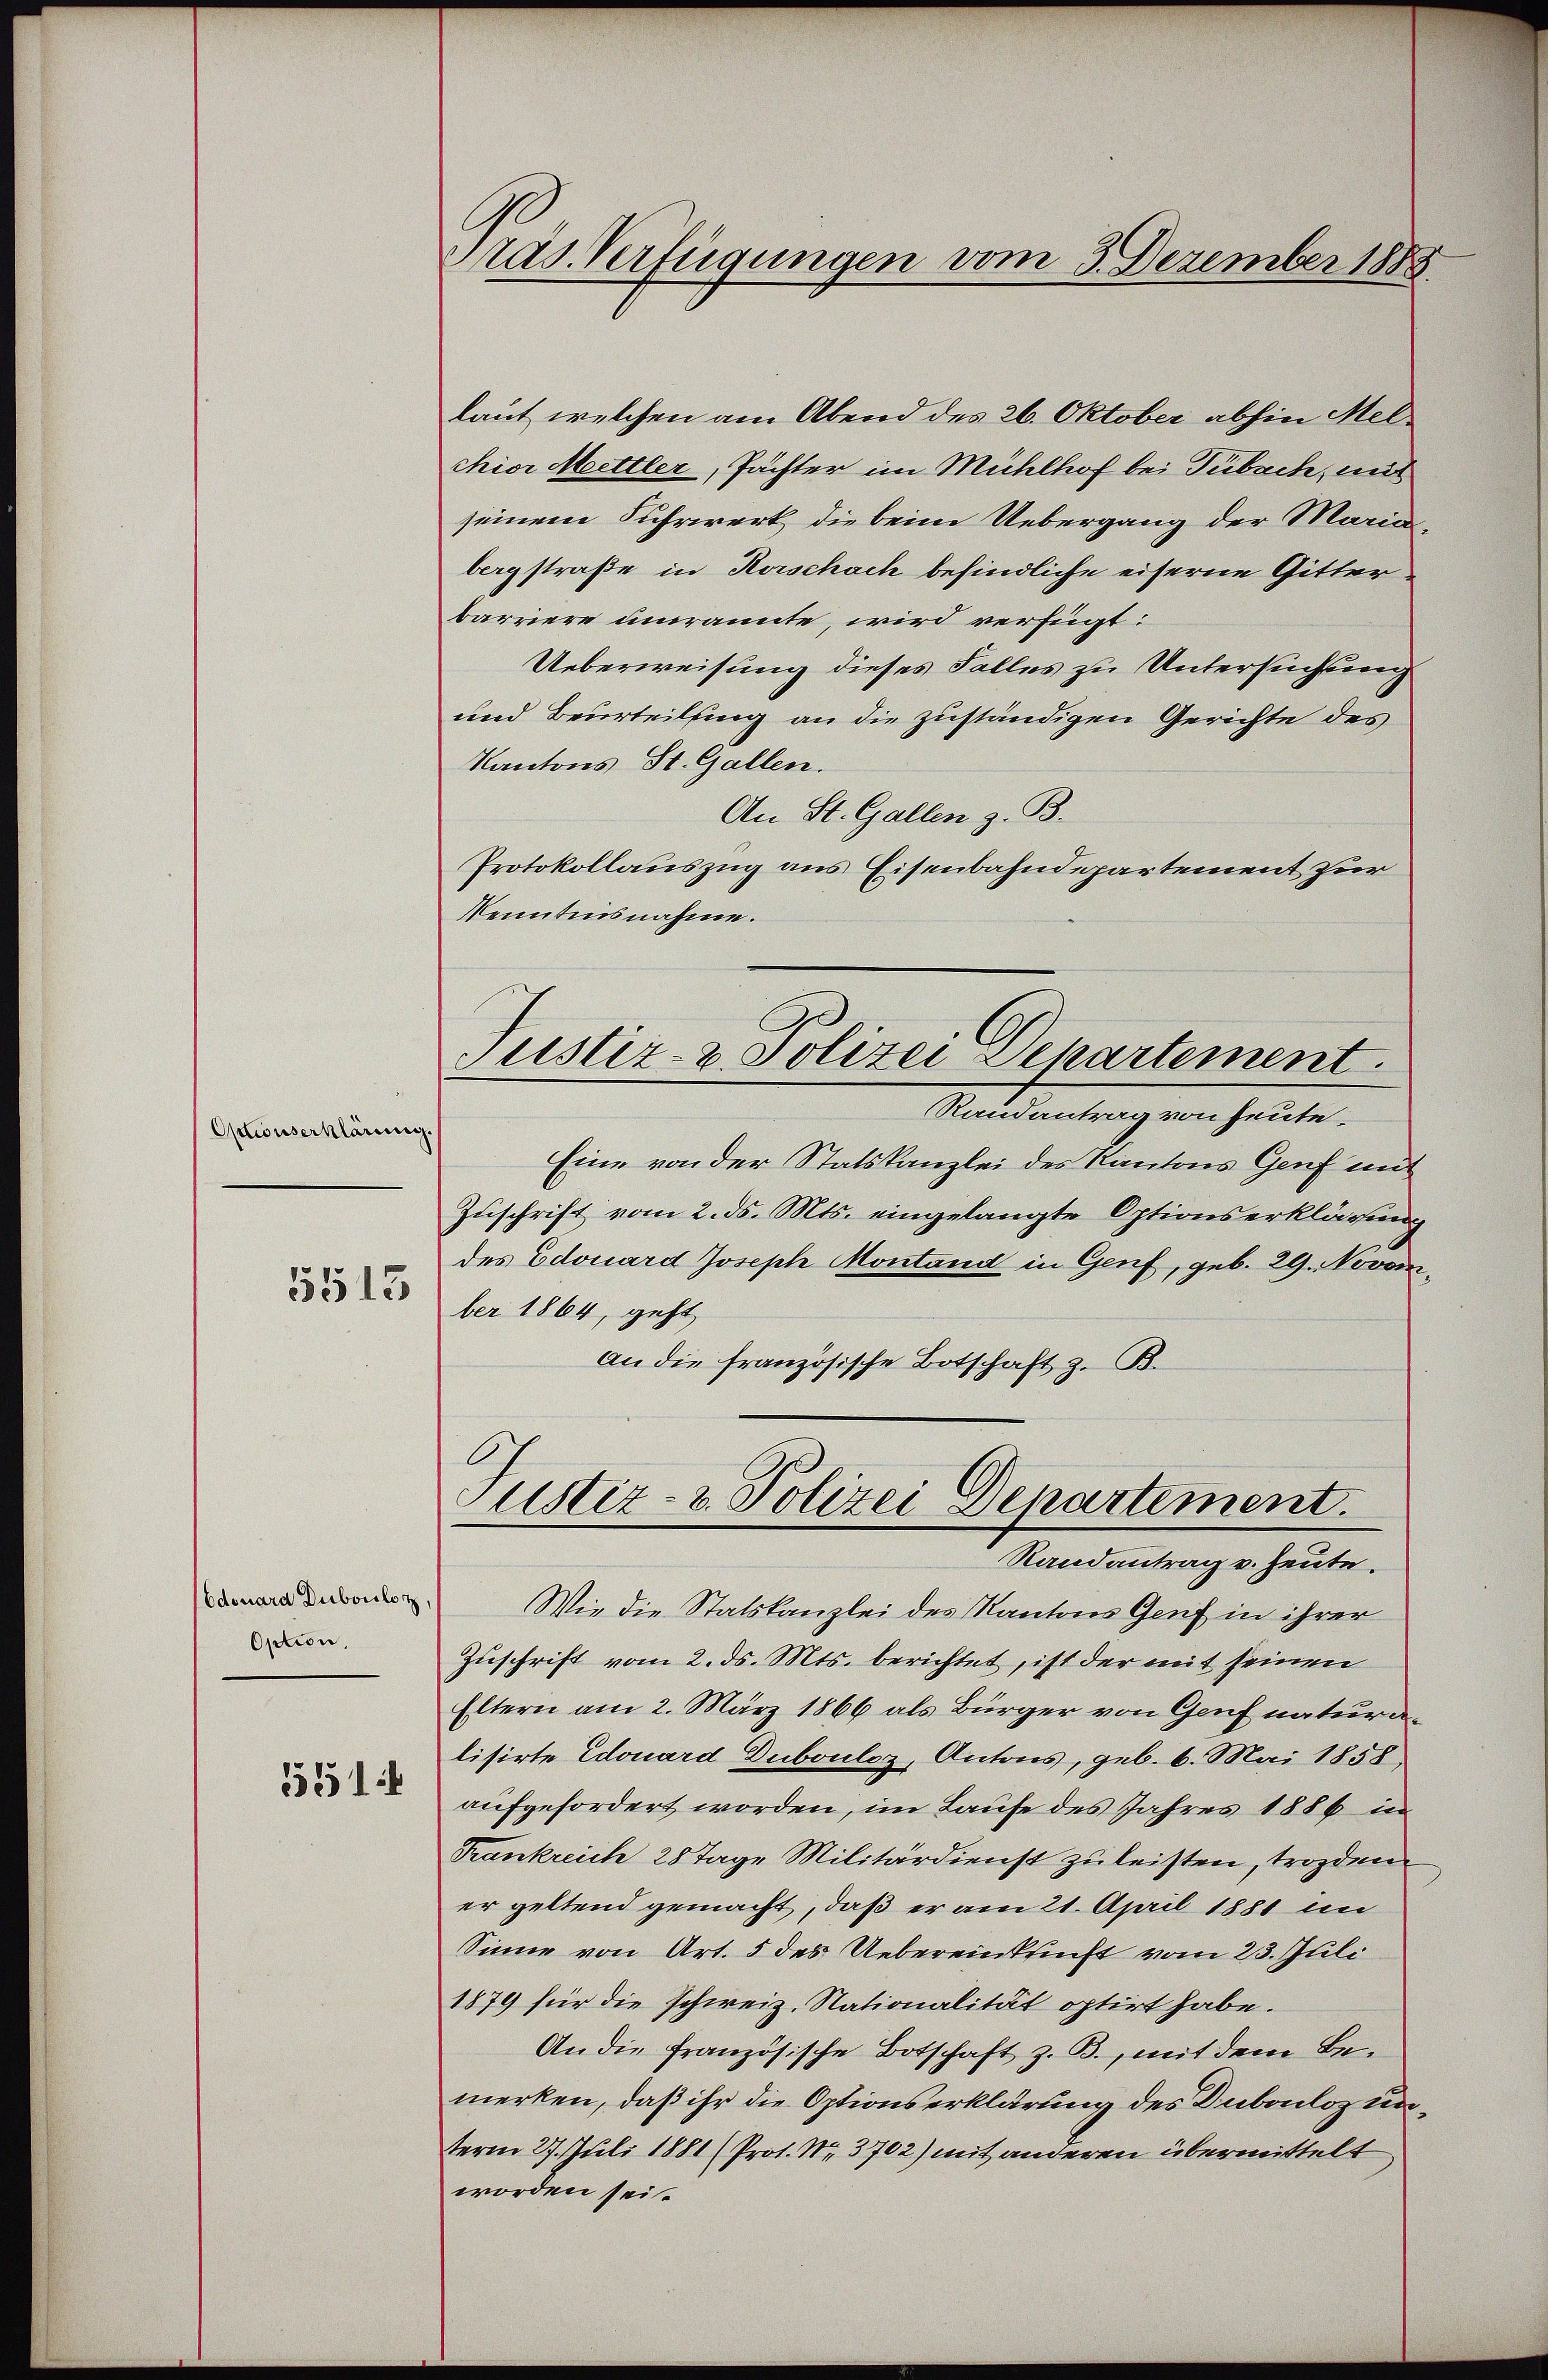
Optionserklärung.
5513

Option,

551

ras. Verfügungen vom 3. Dezember 1883

laut welchen am Abend des 26. Oktober abhin Melchior Mittler, Pächter im Mühlhof bei Tubach, mit
seinem Suhrwerk die beim Uebergang der Mariabergstraße in Korschach befindliche eiserne Gitterbarriere umrannte, wird verfügt:
Ueberweisung dieses Falles zu Untersuchung
und Beurteilung an die zuständigen Gerichte des
Kantons St. Gallen.
An St. Gallen z. B.
Protokollauszug aus Eisenbahndepartement zur
Kenntnisnahme.
Eine von der Statskanzlei des Kantons Genf mit
Zuschrift vom 2. ds. Mts. eingelangte Optionserklärung
des Edouard Joseph Montand in Genf, geb. 29. Novoinber 1864, geht,
an die französische Botschaft z. B.
Justiz- & Polizei Departement.
Randantrag v. Heute.
 Wie die Statskanzlei des Kantons Genf in ihrer
Zuschrift vom 2. ds. Mts. berichtet, ist der mit seinen
Eltern am 2. März 1866 als Bürger von Genf naturalisirte Edouard Dubouloz, Antons, geb. 6. Mai 1858
aufgefordert worden, im Laufe des Jahres 1886 in
Frankreich 28 Tage Militärdienst zu leisten, trozden
er geltend gemacht, daß er am 21. April 1881 im
Sinne von Art. 5 des Uebereinkunft vom 23. Juli
1879 für die schweiz. Nationalität optirt habe.
An die französische Botschaft z. B., mit dem Bemerken, daß ihr die Optionserklärung des Dubouloz unterm 27. Juli 1881 (Prot. No. 3702) mit anderen übermittelt
worden sei.

C
Justiz- & Polizei Departement.
Ratsantragen heute.